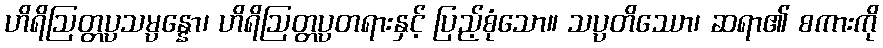
ဟိရိဩတ္တပ္ပသမ္ပန္နော၊ ဟိရိဩတ္တပ္ပတရားနှင့် ပြည့်စုံသော။ သပ္ပတိဿော၊ ဆရာ၏ စကားကို